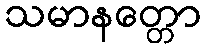
သမာနတ္တော